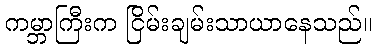
ကမ္ဘာကြီးက ငြိမ်းချမ်းသာယာနေသည်။